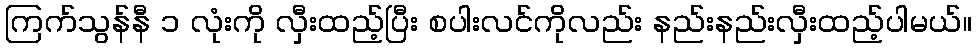
ကြက်သွန်နီ ၁ လုံးကို လှီးထည့်ပြီး စပါးလင်ကိုလည်း နည်းနည်းလှီးထည့်ပါမယ်။